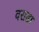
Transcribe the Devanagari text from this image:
वराडा